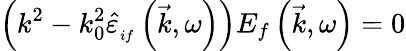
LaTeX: \left(k^{2}-k_{0}^{2}\hat{\varepsilon}_{_{if}}\left(\vec{k},\omega\right)\right)E_{f}\left(\vec{k},\omega\right)=0